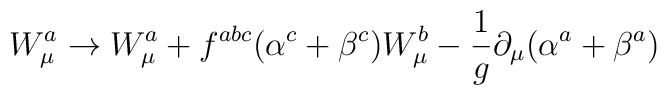
W_{\mu}^a \to W_{\mu}^a +  f^{abc} (\alpha^c + \beta^c)W_{\mu}^b - \frac{1}{g} \partial_{\mu}(\alpha^a + \beta^a)